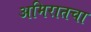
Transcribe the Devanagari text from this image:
अमिरातचा